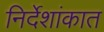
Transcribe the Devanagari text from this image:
निर्देशांकात